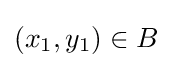
(x_{1},y_{1})\in B